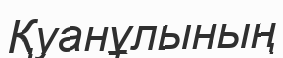
Қуанұлының